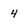
Character: 4